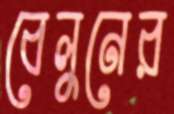
বেলুনের